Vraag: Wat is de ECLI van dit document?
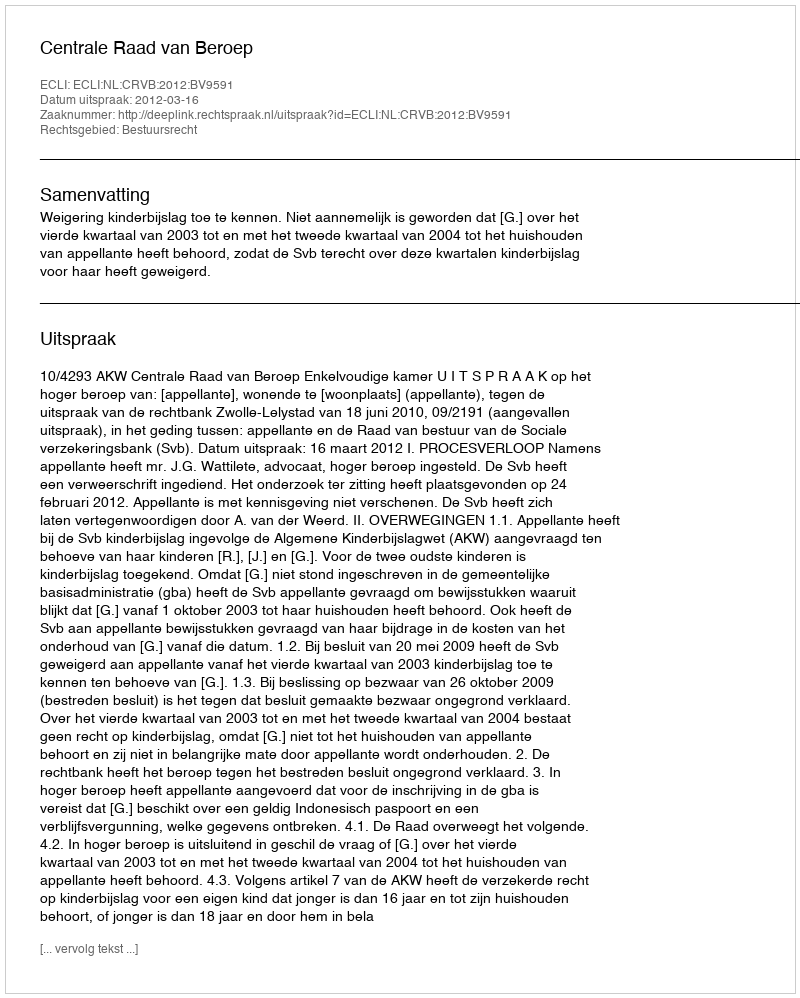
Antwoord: ECLI:NL:CRVB:2012:BV9591